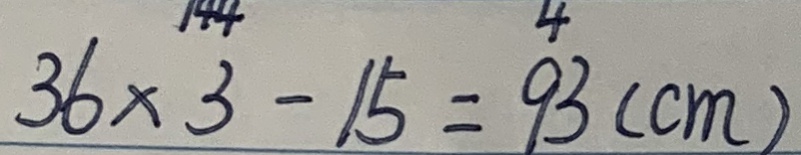
3 6 \times 3 ^ { 1 4 4 } - 1 5 = 9 ^ { 4 } 3 ( c m )